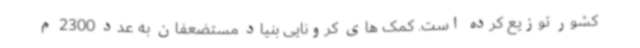
کشور توزیع کرده است. کمک های کرونایی بنیاد مستضعفان به عدد 2300 م